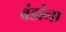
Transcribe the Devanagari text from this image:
बंडांना